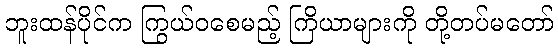
ဘူးထန်ပိုင်က ကြွယ်ဝစေမည့် ကြိယာများကို တို့တပ်မတော်